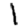
Digit: 1